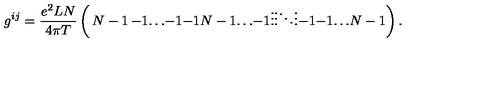
g ^ { i j } = \frac { e ^ { 2 } L N } { 4 \pi T } \left( \begin{matrix} { N - 1 } & { - 1 } & { \ldots } & { - 1 } \\ { - 1 } & { N - 1 } & { \ldots } & { - 1 } \\ { \vdots } & { \vdots } & { \ddots } & { \vdots } \\ { - 1 } & { - 1 } & { \ldots } & { N - 1 } \\ \end{matrix} \right) .